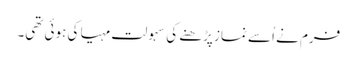
فرم نے اُسے نماز پڑھنے کی سہولت مہیا کی ہوئی تھی۔